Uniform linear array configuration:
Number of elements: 8
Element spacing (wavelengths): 1
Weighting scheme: blackman
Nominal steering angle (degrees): -45
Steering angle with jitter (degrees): -43.867
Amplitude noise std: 0.05
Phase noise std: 0.05

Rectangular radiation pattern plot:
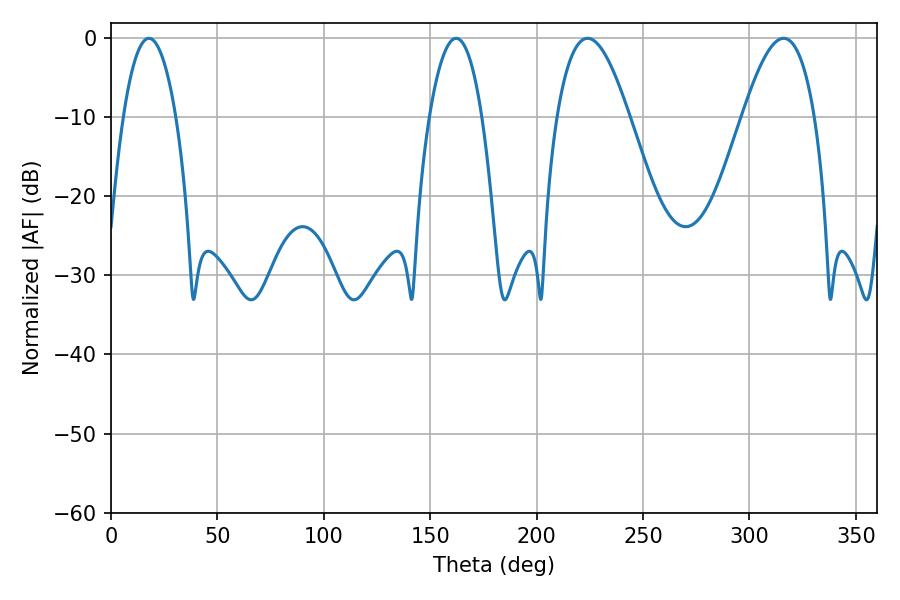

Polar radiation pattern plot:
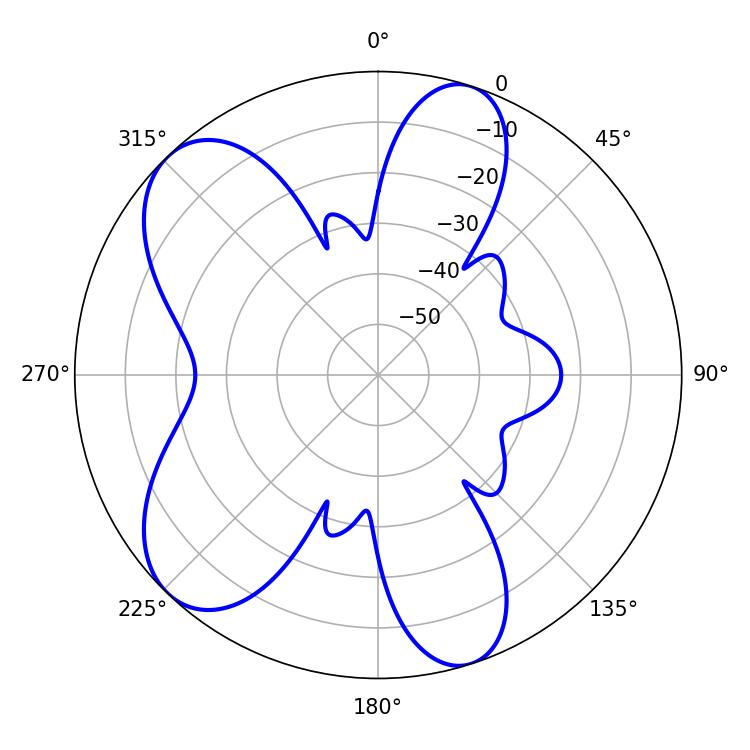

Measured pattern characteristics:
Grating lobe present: TRUE
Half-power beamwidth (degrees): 13.86
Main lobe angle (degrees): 17.82